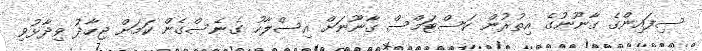
ސިފައިންގެ ގާނޫނުގެ އިތުރުން ކަސްޓަމްސް ގާނޫނަށް އިސްލާހު ގެނެސްގެން ކަމަށް ޖިހާދު ވިދާޅުވި